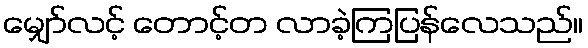
မျှော်လင့် တောင့်တ လာခဲ့ကြပြန်လေသည်။